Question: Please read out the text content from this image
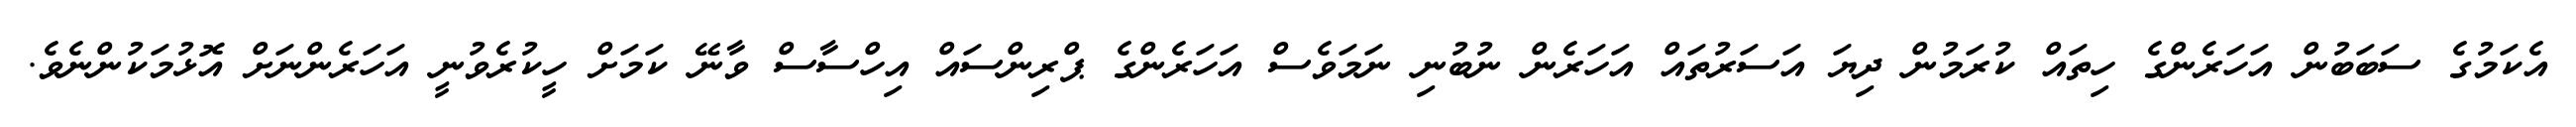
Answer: އެކަމުގެ ސަބަބުން އަހަރެންގެ ހިތައް ކުރަމުން ދިޔަ އަސަރުތައް އަހަރެން ނުބުނި ނަމަވެސް އަހަރެންގެ ޕްރިންސައް އިހްސާސް ވާނޭ ކަމަށް ހީކުރެވުނީ އަހަރެންނަށް އޮޅުމަކުންނެވެ.